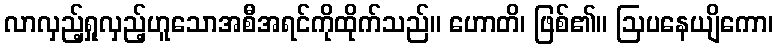
လာလှည့်ရှုလှည့်ဟူသောအစီအရင်ကိုထိုက်သည်။ ဟောတိ၊ ဖြစ်၏။ ဩပနေယျိကော၊